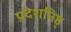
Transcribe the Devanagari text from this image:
प्रदेशनिष्ठ्